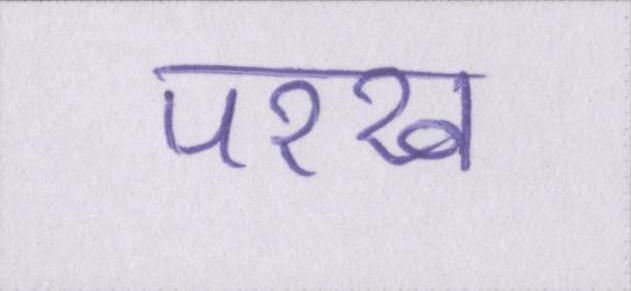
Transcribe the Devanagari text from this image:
परख